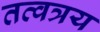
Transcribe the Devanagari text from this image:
तत्वत्रय